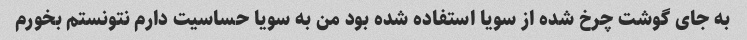
به جای گوشت چرخ شده از سویا استفاده شده بود من به سویا حساسیت دارم نتونستم بخورم